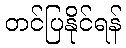
တင်ပြနိုင်ရန်